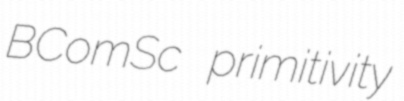
BComSc primitivity